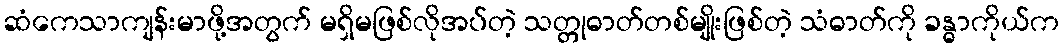
ဆံကေသာကျန်းမာဖို့အတွက် မရှိမဖြစ်လိုအပ်တဲ့ သတ္တုဓာတ်တစ်မျိုးဖြစ်တဲ့ သံဓာတ်ကို ခန္ဓာကိုယ်က